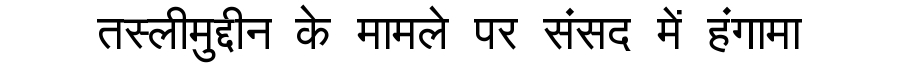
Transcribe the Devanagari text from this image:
तस्लीमुद्दीन के मामले पर संसद में हंगामा